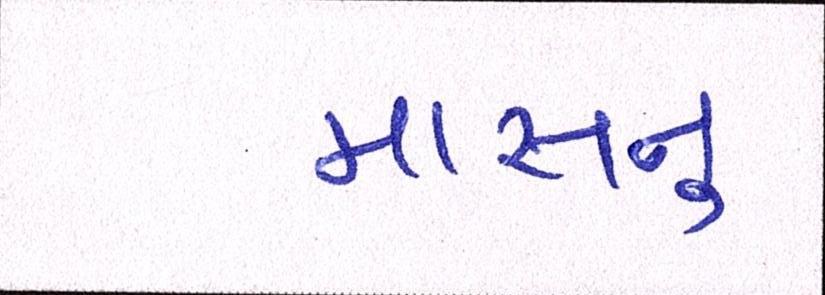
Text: માસનુ